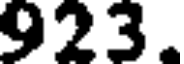
923.